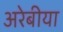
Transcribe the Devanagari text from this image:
अरेबीया